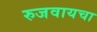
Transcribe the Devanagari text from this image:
रुजवायचा